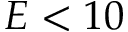
E < 1 0